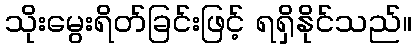
သိုးမွေးရိတ်ခြင်းဖြင့် ရရှိနိုင်သည်။